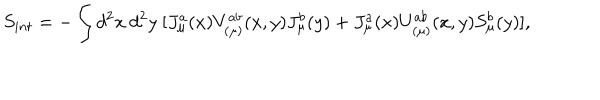
S _ { i n t } = - \int d ^ { 2 } x ~ d ^ { 2 } y ~ [ J _ { \mu } ^ { a } ( x ) V _ { ( \mu ) } ^ { a b } ( x , y ) J _ { \mu } ^ { b } ( y ) + J _ { \mu } ^ { a } ( x ) U _ { ( \mu ) } ^ { a b } ( x , y ) S _ { \mu } ^ { b } ( y ) ] ,